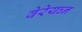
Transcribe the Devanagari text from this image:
वेरेयघ्न